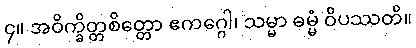
၄။ အဝိက္ခိတ္တစိတ္တော ဧကဂ္ဂေါ၊ သမ္မာ ဓမ္မံ ဝိပဿတိ။